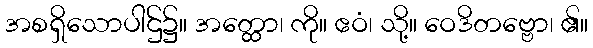
အစရှိသောပါဌ်၌။ အတ္ထော၊ ကို။ ဧဝံ၊ သို့။ ဝေဒိတဗ္ဗော၊ ၏။